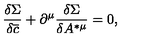
\frac { \delta \Sigma } { \delta \overline { { c } } } + \partial ^ { \mu } \frac { \delta \Sigma } { \delta A ^ { * \mu } } = 0 ,